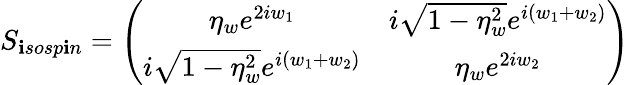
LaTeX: S_{\mathbf{i}sosp\mathbf{i}n}=\left(\begin{array}{cc}{{\eta_{w}e^{2iw_{1}}}}&{{i\sqrt{1-\eta_{w}^{2}}e^{i\left(w_{1}+w_{2}\right)}}}\\ {{i\sqrt{1-\eta_{w}^{2}}e^{i\left(w_{1}+w_{2}\right)}}}&{{\eta_{w}e^{2iw_{2}}}}\end{array}\right)